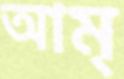
আম্